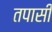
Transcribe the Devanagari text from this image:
तपासी